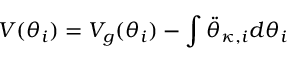
V ( \theta _ { i } ) = V _ { g } ( \theta _ { i } ) - \int \ddot { \theta } _ { \kappa , i } d \theta _ { i }